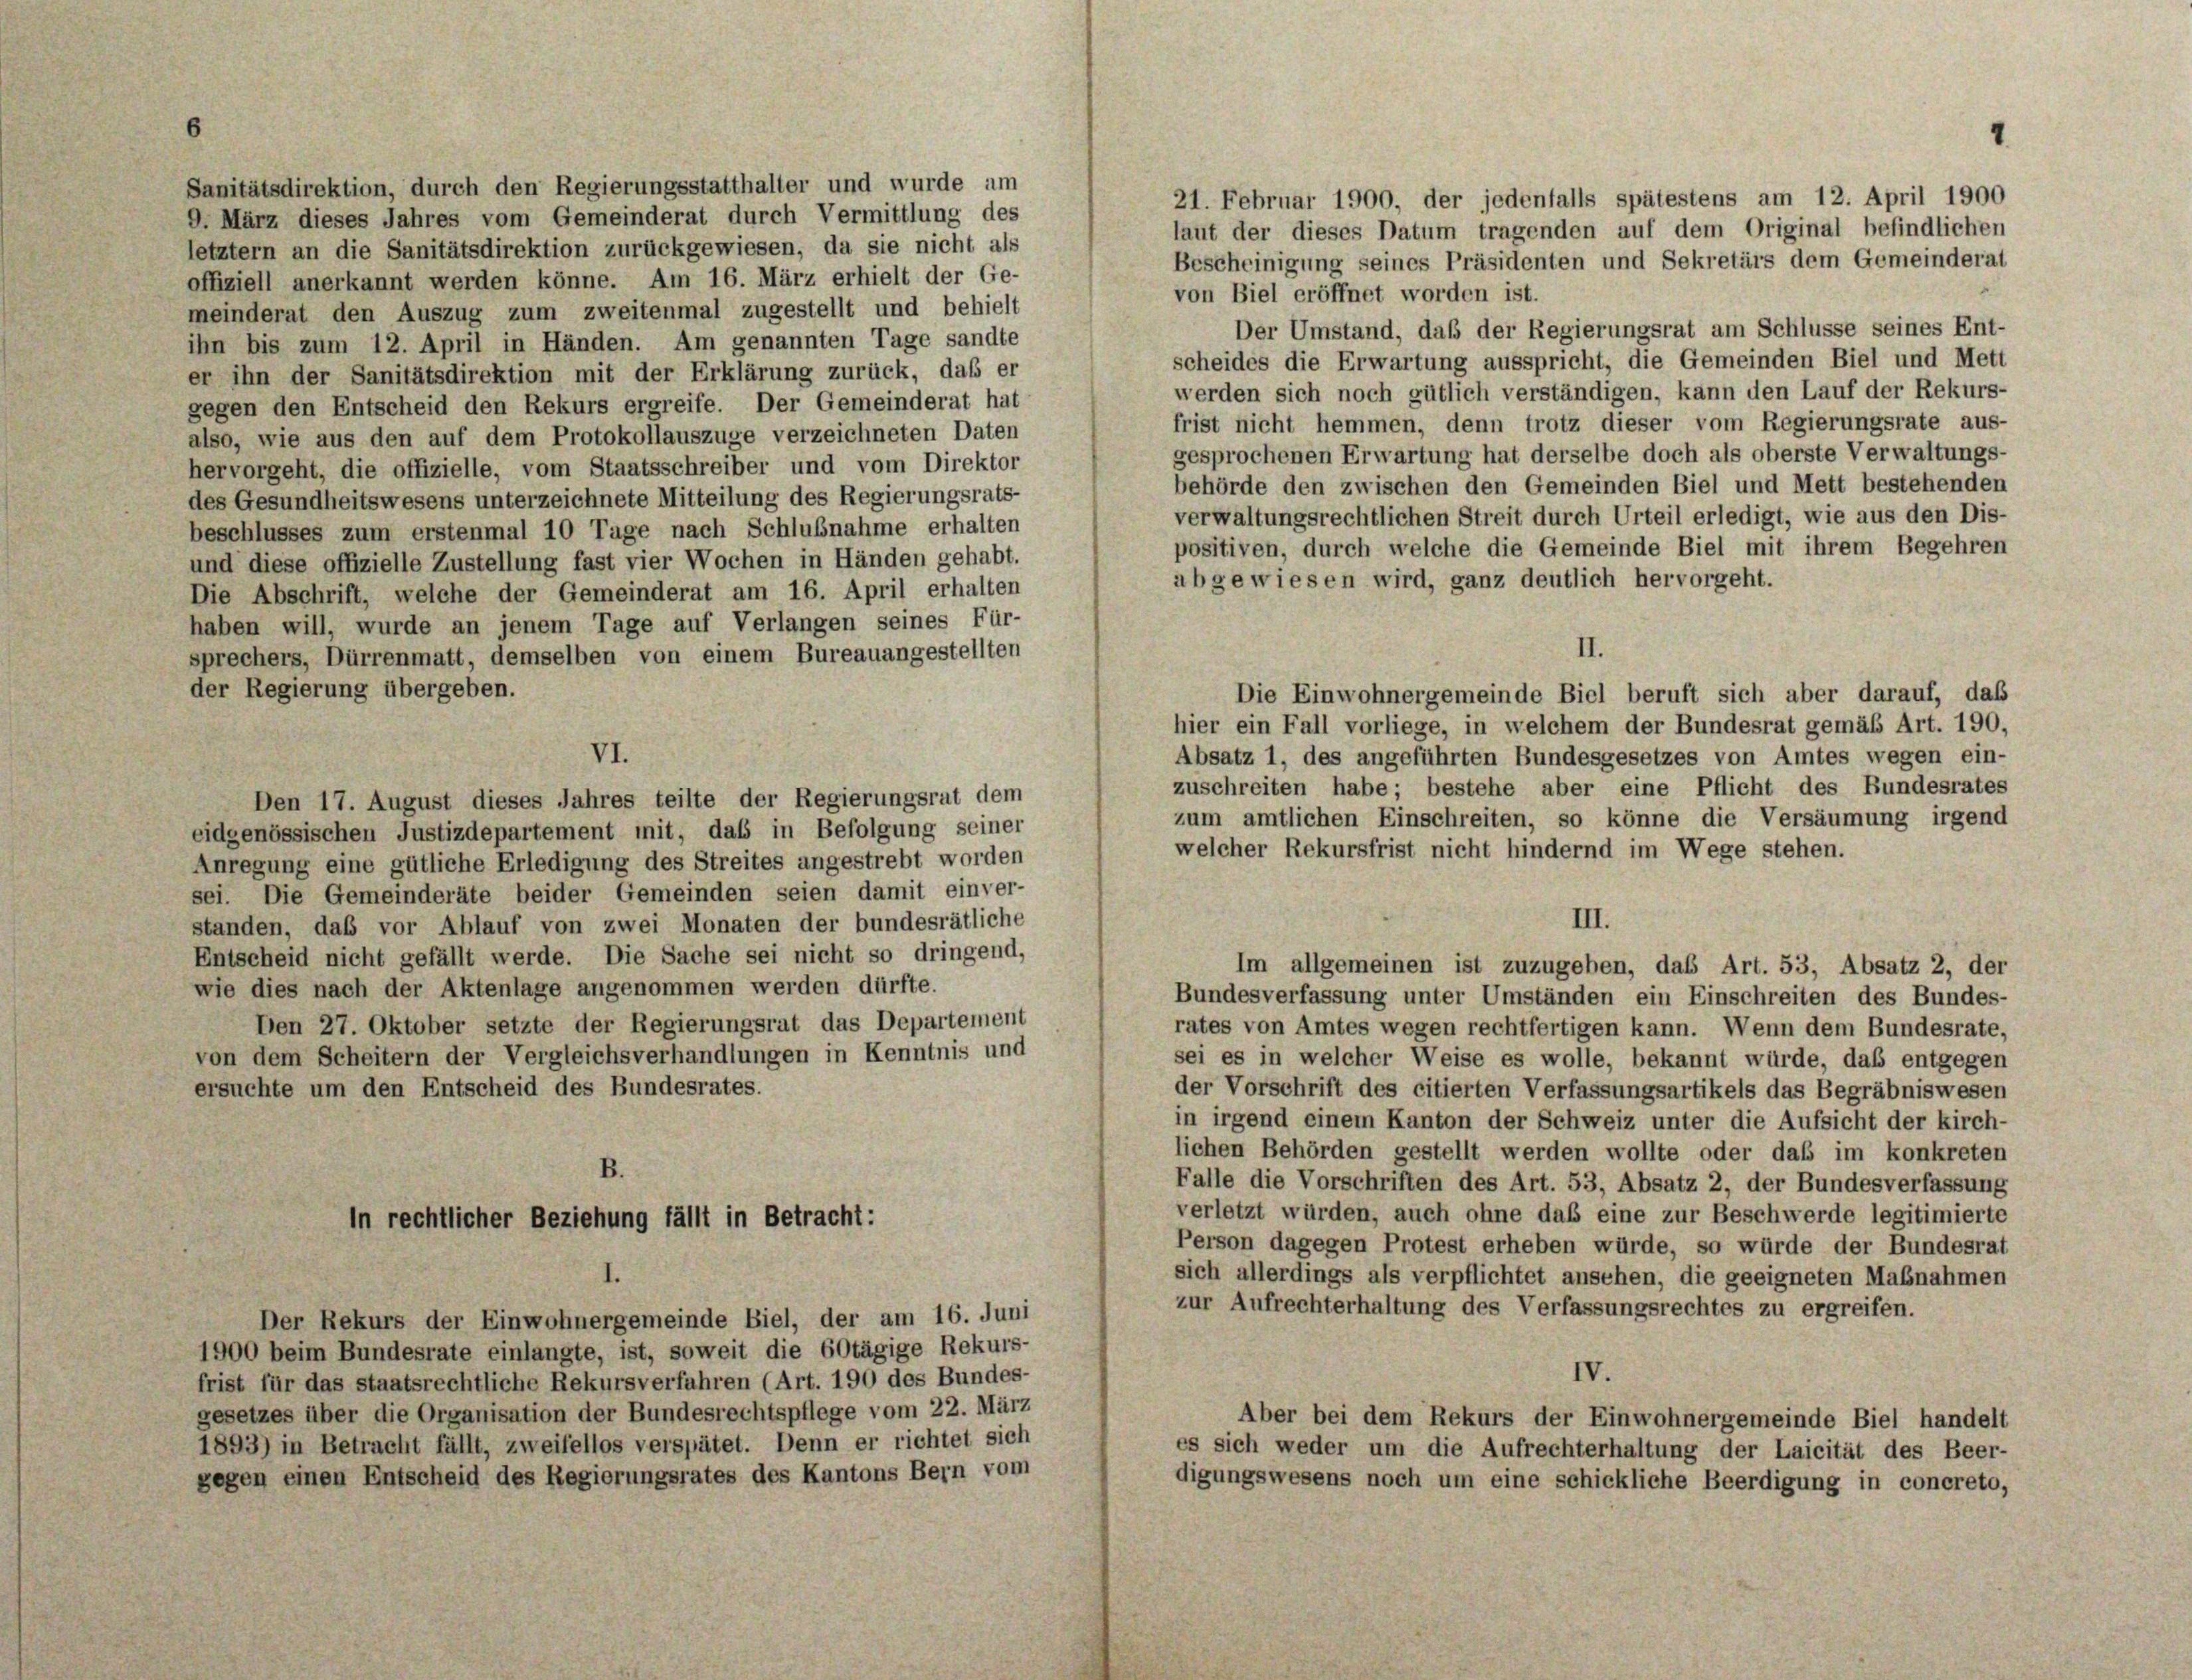
Sanitätsdirektion, durch den Regierungsstatthalter und wurde um
9. März dieses Jahres vom Gemeinderat durch Vermittlung des

21. Februar 1900, der jedenfalls spätestens am 12. April 1900
laut der dieses Datum tragenden auf dem Original befindlichen
letztem an die Sanitätsdirektion zurückgewiesen, da sie nicht als
Bescheinigung seines Präsidenten und Sekretärs dem Gemeinderat
offiziell anerkannt werden könne. Am 16. März erhielt der Ge-
von Biel eröffnet worden ist.
meinderat den Auszug zum zweitenmal zugestellt und behielt
Der Umstand, daß der Regierungsrat am Schlüsse seines Ent-
ihn bis zum 12. April in Händen. Am genannten Tage sandte
scheides die Erwartung ausspricht, die Gemeinden Biel und Mett
er ihn der Sanitätsdirektion mit der Erklärung zurück, daß er
werden sich noch gütlich verständigen, kann den Lauf der Rekurs-
gegen den Entscheid den Rekurs ergreife. Der Gemeinderat hat
frist nicht hemmen, denn trotz dieser vom Regierungsrate aus-
also, wie aus den auf dem Protokollauszüge verzeichneten Daten
gesprochenen Erwartung hat derselbe doch als oberste Verwaltungs-
hervorgeht, die offizielle, vom Staatsschreiber und vom Direktor
behörde den zwischen den Gemeinden Biel und Mett bestehenden
des Gesundheitswesens unterzeichnete Mitteilung des Regierungsrats-
verwaltungsrechtlichen Streit durch Urteil erledigt, wie aus den Dis-
beschlusses zum erstenmal 10 Tage nach Schlußnahme erhalten
positiven, durch welche die Gemeinde Biel mit ihrem Begehren
und diese offizielle Zustellung fast vier Wochen in Händen gehabt.
abgewiesen wird, ganz deutlich hervorgeht.
Die Abschrift, welche der Gemeinderat am 16. April erhalten
haben will, wurde an jenem Tage auf Verlangen seines Für-
sprechers, Dürrenmatt, demselben von einem Bureauangestellten
der Regierung übergeben.
Die Einwohnergemeinde Biel beruft sich aber darauf, daß
hier ein Fall vorliege, in welchem der Bundesrat gemäß Art. 190,
Absatz 1, des angeführten Bundesgesetzes von Amtes wegen ein-
zuschreiten habe; bestehe aber eine Pflicht des Bundesrates
Den 17. August dieses Jahres teilte der Regierungsrat dem
zum amtlichen Einschreiten, so könne die Versäumung irgend
eidgenössischen Justizdepartement mit, daß in Befolgung seiner
welcher Rekursfrist nicht hindernd im Wege stehen.
Anregung eine gütliche Erledigung des Streites angestrebt worden
sei. Die Gemeinderäte beider Gemeinden seien damit einver-
III.
standen, daß vor Ablauf von zwei Monaten der bundesrätliche
Entscheid nicht gefällt werde. Die Sache sei nicht so dringend,
Im allgemeinen ist zuzugeben, das Art. 53, Absatz 2, der
wie dies nach der Aktenlage angenommen werden dürfte.
Bundesverfassung unter Umständen ein Einschreiten des Bundes-
Den 27. Oktober setzte der Regierungsrat das Departement
rates von Amtes wegen rechtfertigen kann. Wenn dem Bundesrate,
von dem Scheitern der Vergleichsverhandlungen in Kenntnis und
sei es in welcher Weise es wolle, bekannt würde, daß entgegen
der Vorschrift des citierten Verfassungsartikels das Begräbniswesen
ersuchte um den Entscheid des Bundesrates.
in irgend einem Kanton der Schweiz unter die Aufsicht der kirch-
lichen Behörden gestellt werden wollte oder daß im konkreten
B.
Falle die Vorschriften des Art. 53, Absatz 2, der Bundesverfassung
verletzt würden, auch ohne daß eine zur Beschwerde legitimierte
In rechtlicher Beziehung fällt in Betracht:
Person dagegen Protest erheben würde, so würde der Bundesrat
sich allerdings als verpflichtet ansehen, die geeigneten Maßnahmen
zur Aufrechterhaltung des Verfassungsrechtes zu ergreifen.
Der Rekurs der Einwohnergemeinde Biel, der am 16. Juni
1900 beim Bundesrate einlangte, ist, soweit die 60tägige Rekurs-
IV.
frist für das staatsrechtliche Rekursverfahren (Art. 190 des Bundes-
gesetzes über die Organisation der Bundesrechtspflege vom 22. März
Aber bei dem Rekurs der Einwohnergemeinde Biel handelt
1893) in Betracht fällt, zweifellos verspätet. Denn er richtet sich
es sich weder um die Aufrechterhaltung der Laicität des Beer-
gegen einen Entscheid des Regierungsrates des Kantons Bern vom
digungswesens noch um eine schickliche Beerdigung in concreto,

VI.

II.